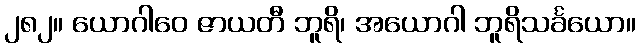
၂၈၂။ ယောဂါဝေ ဇာယတီ ဘူရိ၊ အယောဂါ ဘူရိသင်္ခယော။